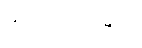
အသင်းဝင်များ